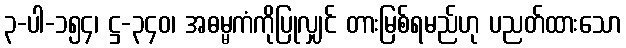
၃-ပါ-၁၅၄၊ ဋ္ဌ-၃၄၀၊ အဓမ္မကံကိုပြုလျှင် တားမြစ်ရမည်ဟု ပညတ်ထားသော